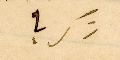
زكريا